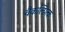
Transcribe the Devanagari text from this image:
वैकल्पित्क